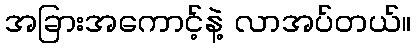
အခြားအကောင့်နဲ့ လာအပ်တယ်။